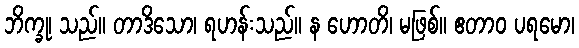
ဘိက္ခု၊ သည်။ တာဒိသော၊ ရဟန်းသည်။ န ဟောတိ၊ မဖြစ်။ ဧတာဝ ပရမော၊